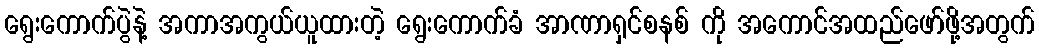
ရွေးကောက်ပွဲနဲ့ အကာအကွယ်ယူထားတဲ့ ရွေးကောက်ခံ အာဏာရှင်စနစ် ကို အကောင်အထည်ဖော်ဖို့အတွက်